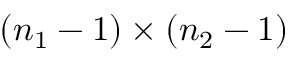
( n _ { 1 } - 1 ) \times ( n _ { 2 } - 1 )